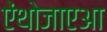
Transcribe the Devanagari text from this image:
ऐंथोजाएआ